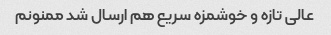
عالی تازه و خوشمزه سریع هم ارسال شد ممنونم